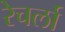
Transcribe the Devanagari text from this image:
रेचर्ला